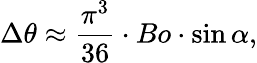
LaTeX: \Delta\theta\approx\frac{\pi^{3}}{36}\cdot Bo\cdot\sin\alpha,